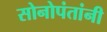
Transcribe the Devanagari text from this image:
सोनोपंतांनी